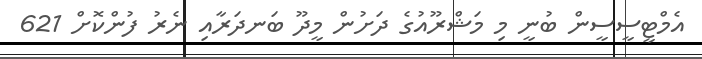
އެމްޓީސީސީން ބުނީ މި މަޝްރޫއުގެ ދަށުން މީދޫ ބަނދަރާއި ނެރު ފުންކޮށް 621